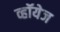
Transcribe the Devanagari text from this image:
व्हॉयेज